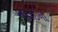
બહાઈની